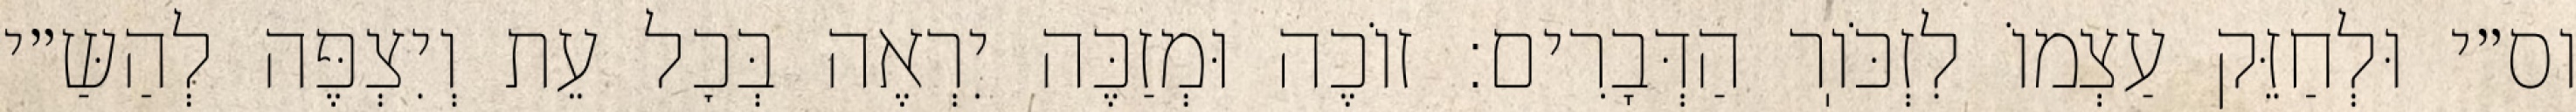
וס״י וּלְחַזֵּק עַצְמוֹ לִזְכֹּוֽר הַדְּבָרִים: זוֹכֶה וּמְזַכֶּה יִרְאֶה בְּכׇל עֵת וְיִצְפֶּה לְהַשַּ״י